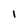
Character: I